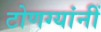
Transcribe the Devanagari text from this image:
टोणग्यांनीं